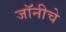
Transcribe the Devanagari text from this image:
जॉनीचे